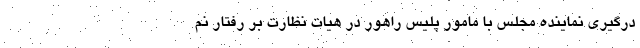
درگیری نماینده مجلس با مامور پلیس راهور در هیات نظارت بر رفتار نم